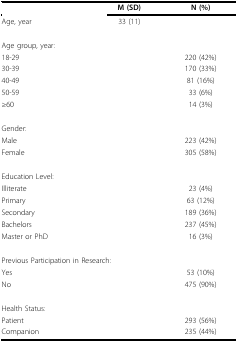
<table><thead><tr><td></td><td><b>M (SD)</b></td><td><b>N (%)</b></td></tr></thead><tbody><tr><td>Age, year</td><td>33 (11)</td><td></td></tr><tr><td>Age group, year:</td><td></td><td></td></tr><tr><td>18-29</td><td></td><td>220 (42%)</td></tr><tr><td>30-39</td><td></td><td>170 (33%)</td></tr><tr><td>40-49</td><td></td><td>81 (16%)</td></tr><tr><td>50-59</td><td></td><td>33 (6%)</td></tr><tr><td>≥60</td><td></td><td>14 (3%)</td></tr><tr><td>Gender:</td><td></td><td></td></tr><tr><td>Male</td><td></td><td>223 (42%)</td></tr><tr><td>Female</td><td></td><td>305 (58%)</td></tr><tr><td>Education Level:</td><td></td><td></td></tr><tr><td>Illiterate</td><td></td><td>23 (4%)</td></tr><tr><td>Primary</td><td></td><td>63 (12%)</td></tr><tr><td>Secondary</td><td></td><td>189 (36%)</td></tr><tr><td>Bachelors</td><td></td><td>237 (45%)</td></tr><tr><td colspan="2">Master or PhD</td><td>16 (3%)</td></tr><tr><td colspan="3">Previous Participation in Research:</td></tr><tr><td>Yes</td><td></td><td>53 (10%)</td></tr><tr><td>No</td><td></td><td>475 (90%)</td></tr><tr><td>Health Status:</td><td></td><td></td></tr><tr><td>Patient</td><td></td><td>293 (56%)</td></tr><tr><td>Companion</td><td></td><td>235 (44%)</td></tr></tbody></table>